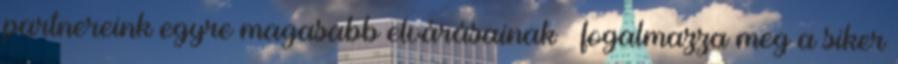
partnereink egyre magasabb elvárásainak – fogalmazza meg a siker